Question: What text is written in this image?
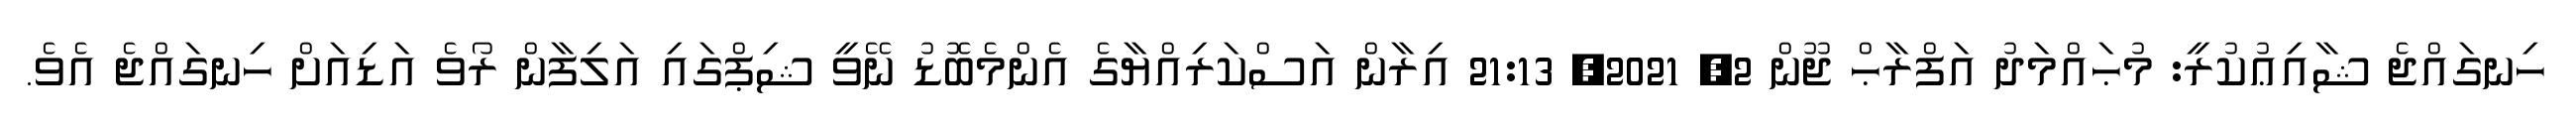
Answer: ހިނގައްޖެ ޝާއިޢުކުރީ: މުޙައްމަދު އަފްރާޙް ޖޫން 2, 2021, 21:13 އިރާން އަސްކަރިއްޔާގެ އެންމެބޮޑު ނޭވީ ޝިޕްގައި އަލިފާން ރޯވެ އަޑިއަށް ހިނގައްޖެ އެވެ.